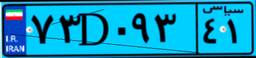
۷۳D۰۹۳۴۱